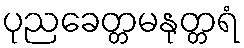
ပုညခေတ္တမနုတ္တရံ